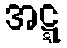
အဋ္ဋ